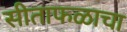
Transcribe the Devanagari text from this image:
सीताफळाचा